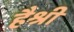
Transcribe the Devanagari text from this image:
हैश्री